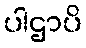
ပါဌာပိ